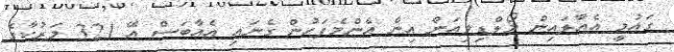
ގައުމީ އެއާލައިން މޯލްޑިވިއަން އިން އެންމެފަހުން ގެނައި އެއާބަސް އޭ 321 މަރުކާގެ